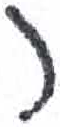
אות: ר